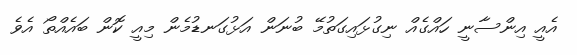
އެއީ އިންސާނީ ހައްގެއް ނިގުޅައިގަތުމޭ ބުނަން އަޅުގަނޑުމެން މިއީ ކޮން ބައެއްތޯ އެވެ